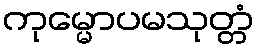
ကုမ္မောပမသုတ္တံ